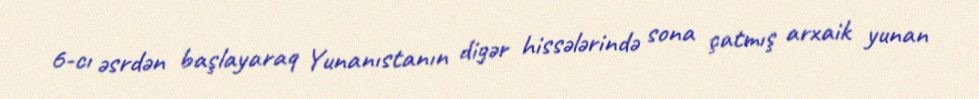
6-cı əsrdən başlayaraq Yunanıstanın digər hissələrində sona çatmış arxaik yunan